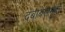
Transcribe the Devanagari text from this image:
दबाबसमूहों